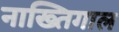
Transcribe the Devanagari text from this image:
नाख्तिगाल